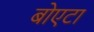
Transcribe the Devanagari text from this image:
बोएटा